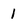
Character: 1